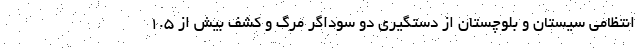
انتظامی سیستان و بلوچستان از دستگیری دو سوداگر مرگ و کشف بیش از ‌۱.۵